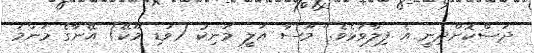
ދަސްކޮށްދިނީ އެ ފިލާވަޅެވެ." މޫސާ އަލީ މަނިކު (ވަޑި މޫކޭ) އޭނާގެ މަންމަ